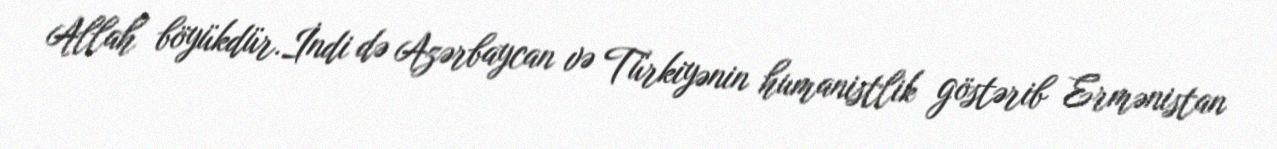
Allah böyükdür.İndi də Azərbaycan və Türkiyənin humanistlik göstərib Ermənistan